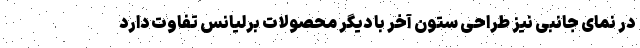
در نمای جانبی نیز طراحی ستون آخر با دیگر محصولات برلیانس تفاوت دارد